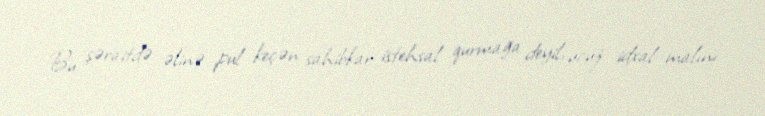
Bu şəraitdə əlinə pul keçən sahibkar istehsal qurmağa deyil, ucuz idxal malını